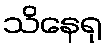
သိနေရု